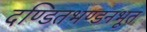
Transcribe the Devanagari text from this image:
दण्डितभण्डनभूत